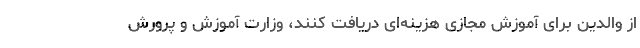
از والدین برای آموزش مجازی هزینه‌ای دریافت کنند، وزارت آموزش و پرورش